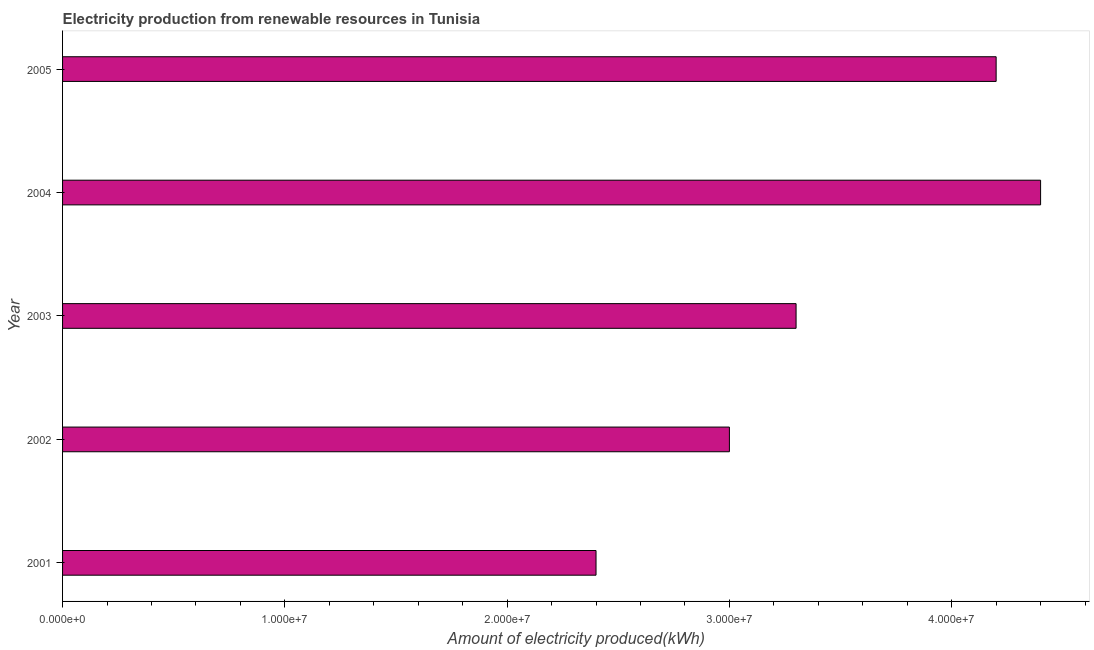
| Year | Electricity production from renewable sources |
 | --- | --- |
 | 2001 | 2.4e+07 |
 | 2002 | 3e+07 |
 | 2003 | 3.3e+07 |
 | 2004 | 4.4e+07 |
 | 2005 | 4.2e+07 |